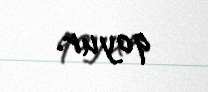
qoyur.